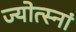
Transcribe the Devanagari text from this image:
ज्योत्स्नां